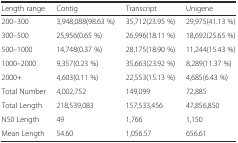
| Length range | Contig | Transcript | Unigene |
 | --- | --- | --- | --- |
 | 200–300 | 3,948,088(98.63 %) | 35,712(23.95 %) | 29,975(41.13 %) |
 | 300–500 | 25,956(0.65 %) | 26,996(18.11 %) | 18,692(25.65 %) |
 | 500–1000 | 14,748(0.37 %) | 28,175(18.90 %) | 11,244(15.43 %) |
 | 1000–2000 | 9,357(0.23 %) | 35,663(23.92 %) | 8,289(11.37 %) |
 | 2000+ | 4,603(0.11 %) | 22,553(15.13 %) | 4,685(6.43 %) |
 | Total Number | 4,002,752 | 149,099 | 72,885 |
 | Total Length | 218,539,083 | 157,533,456 | 47,856,850 |
 | N50 Length | 49 | 1,766 | 1,150 |
 | Mean Length | 54.60 | 1,056.57 | 656.61 |